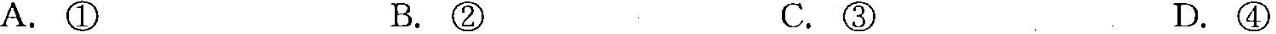
A.①B.②C.③D.④(2)4)A③B